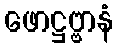
ဖောဋ္ဌဗ္ဗာနံ